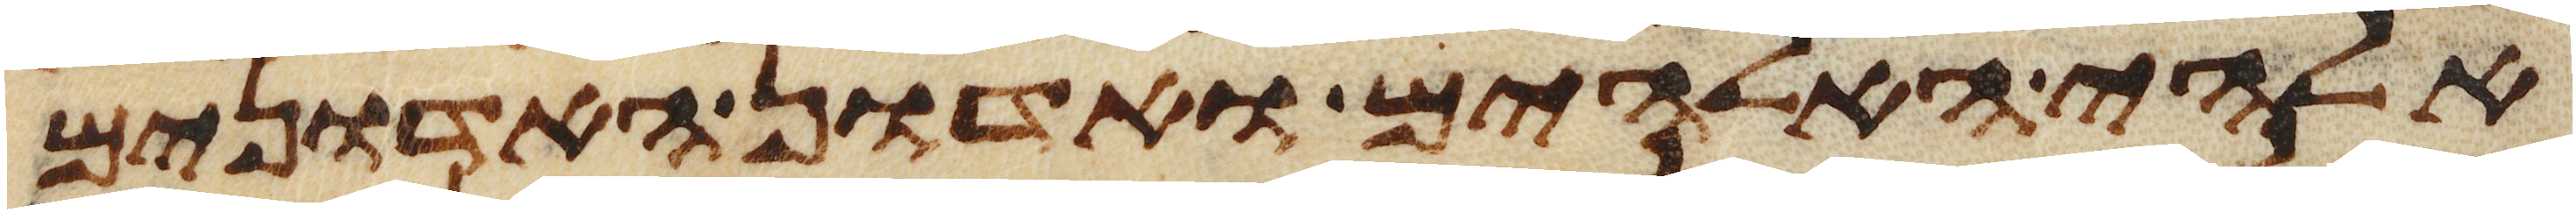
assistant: אלהי האלהים ואדון האדונים